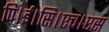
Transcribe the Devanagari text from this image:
पि।ई।सि।एच।एस